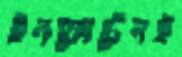
ইনফোটেলই